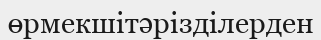
өрмекшітәрізділерден